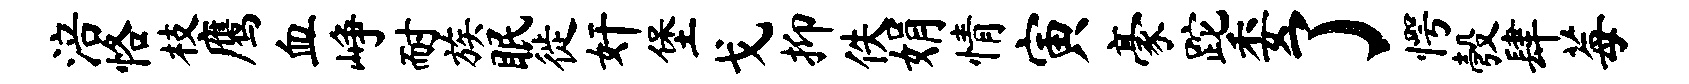
涪恪枝鹰血峥耐族眠徙奸堡戈抑佚娟情寅豪跎委了愕彀肆莓